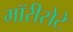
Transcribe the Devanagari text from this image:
मॉरीसेटे